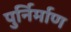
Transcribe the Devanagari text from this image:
पुर्निर्माण